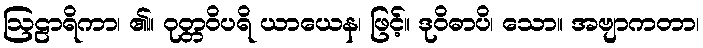
ဩဠာရိကာ၊ ၏။ ဝုတ္တဝိပရိ ယာယေန၊ ဖြင့်။ ဒုဝိဓာပိ၊ သော။ အဗျာကတာ၊